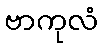
ဗာကုလံ